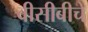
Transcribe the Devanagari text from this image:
बीसीबीचे